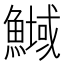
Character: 𲌽